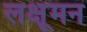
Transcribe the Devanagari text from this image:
लक्षूमन